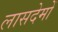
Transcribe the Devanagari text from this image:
लासदेमों